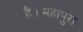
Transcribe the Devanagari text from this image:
हैं।महापुरा